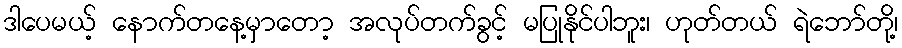
ဒါပေမယ့် နောက်တနေ့မှာတော့ အလုပ်တက်ခွင့် မပြုနိုင်ပါဘူး၊ ဟုတ်တယ် ရဲဘော်တို့၊